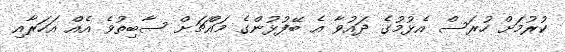
ކުރުމަށް ހުރަސް އެޅުމުގެ ދައުވާ އެ ބޭފުޅުންގެ މައްޗަށް ސާބިތުވެ އެއް އަހަރާއި